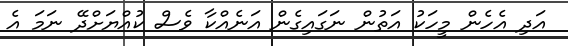
އަދި އެހެން މީހަކު އަތުން ނަގައިގެން އަނެއްކާ ވެސް ކުއްޔަށްދޭ ނަމަ އެ